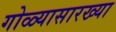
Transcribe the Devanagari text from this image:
गोळ्यासारख्या